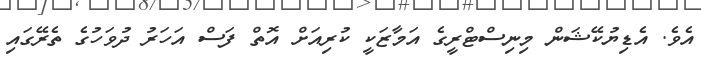
އެވެ. އެޑިޔުކޭޝަން މިނިސްޓްރީގެ އަމާޒަކީ ކުރިއަށް އޮތް ފަސް އަހަރު ދުވަހުގެ ތެރޭގައި